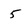
Character: 5